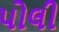
પોલી